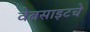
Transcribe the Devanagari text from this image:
वेबसाइटचे